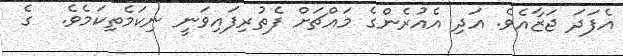
އެފަދަ ޖަޒާއެވެ. އަދި އެއުރެންގެ މައްޗަށް ފެތުރިފައިވަނީ ނިކަމެތިކަމެވެ.  ގެ